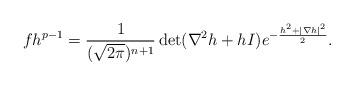
LaTeX: \begin{align*}fh^{p-1}=\frac{1}{(\sqrt{2\pi})^{n+1}}\det (\nabla^2h+hI)e^{-\frac{{h^2+|\nabla h|^2}}{2}}.\end{align*}